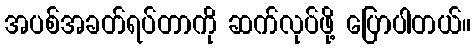
အပစ်အခတ်ရပ်တာကို ဆက်လုပ်ဖို့ ပြောပါတယ်။